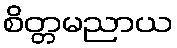
စိတ္တမညာယ